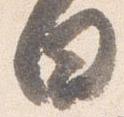
日